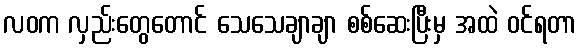
လဝက လှည်းတွေတောင် သေသေချာချာ စစ်ဆေးပြီးမှ အထဲ ဝင်ရတာ